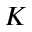
{ \cal K }